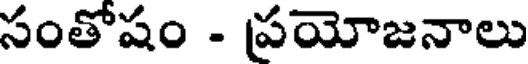
సంతోషం - ప్రయోజనాలు